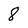
Character: 8